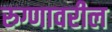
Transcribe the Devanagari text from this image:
रुग्णावरील